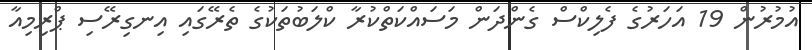
އުމުރުން 19 އަހަރުގެ ފެލިކްސް ގެންދަން މަސައްކަތްކުރާ ކްލަބުތަކުގެ ތެރޭގައި އިނގިރޭސި ޕްރިމިއާ